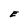
Character: E